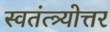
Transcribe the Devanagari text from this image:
स्वतंत्त्र्योत्तर